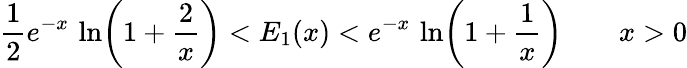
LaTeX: {\frac{1}{2}}e^{-x}\, \ln\! \left(1+{\frac{2}{x}}\right)<E_{1}(x)<e^{-x}\, \ln\! \left(1+{\frac{1}{x}}\right)\qquad x>0